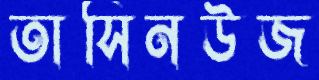
তাসিনউজ